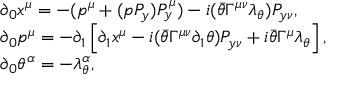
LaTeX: \begin{array} { l } { { \qquad \partial _ { 0 } x ^ { \mu } = - ( p ^ { \mu } + ( p P _ { y } ) P _ { y } ^ { \mu } ) - i ( \bar { \theta } \Gamma ^ { \mu \nu } \lambda _ { \theta } ) P _ { y \nu } , } } \\ { { \qquad \partial _ { 0 } p ^ { \mu } = - \partial _ { 1 } \left[ \partial _ { 1 } x ^ { \mu } - i ( \bar { \theta } \Gamma ^ { \mu \nu } \partial _ { 1 } \theta ) P _ { y \nu } + i \bar { \theta } \Gamma ^ { \mu } \lambda _ { \theta } \right] , } } \\ { { \qquad \partial _ { 0 } \theta ^ { \alpha } = - \lambda _ { \theta } ^ { \alpha } , } } \end{array}